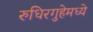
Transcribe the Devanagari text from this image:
रुधिरगुहेमध्ये